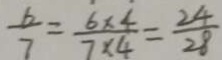
\frac { 6 } { 7 } = \frac { 6 \times 4 } { 7 \times 4 } = \frac { 2 4 } { 2 8 }